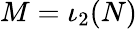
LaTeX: M=\iota_{2}(N)